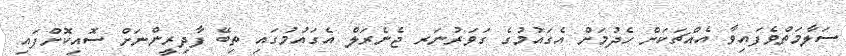
ސަލާމަތްވެފައިވާ އެއްޗަކަށް ހެދުމަށް އެގައުމުގެ ގަވަރުނަރ ޖެނެރަލް އެގައުމުގައި ތިބޭ ފާދިރީންނަށް ސޮއިކޮށްފައި